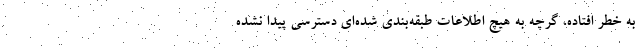
به خطر افتاده، گرچه به هیچ اطلاعات طبقه‌بندی شده‌ای دسترسی پیدا نشده